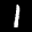
Label: 1